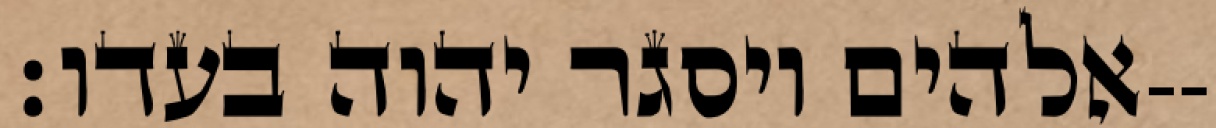
אלהים ויסגר יהוה בעדו׃--